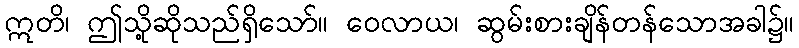
ဣတိ၊ ဤသို့ဆိုသည်ရှိသော်။ ဝေလာယ၊ ဆွမ်းစားချိန်တန်သောအခါ၌။